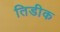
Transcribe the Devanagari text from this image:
तिडीक